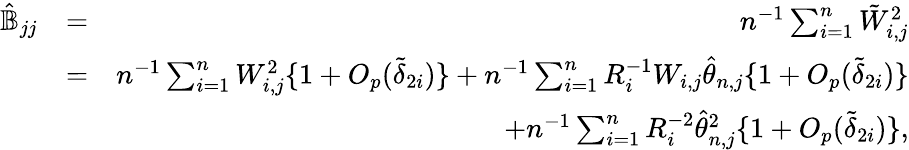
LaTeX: \begin{array}{rlr}{\hat{{\mathbb{B}}}_{jj}}&{=}&{n^{-1}\sum_{i=1}^{n}\tilde{W}_{i,j}^{2}}\\ &{=}&{n^{-1}\sum_{i=1}^{n}W_{i,j}^{2}\{ 1+O_{p}(\tilde{\delta}_{2i})\} +n^{-1}\sum_{i=1}^{n}R_{i}^{-1}W_{i,j}\hat{\theta}_{n,j}\{ 1+O_{p}(\tilde{\delta}_{2i})\} }\\ &{}&{+n^{-1}\sum_{i=1}^{n}R_{i}^{-2}\hat{\theta}_{n,j}^{2}\{ 1+O_{p}(\tilde{\delta}_{2i})\} ,}\end{array}